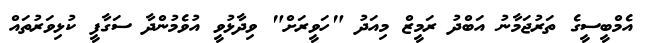
އެެމްބީސީގެ ތަރުޖަމާނު އަބްދު ރަމީޒް މިއަދު "ހަވީރަށް" ވިދާޅުވީ އުވެމުންދާ ސަގާފީ ކުޅިވަރުތައް